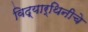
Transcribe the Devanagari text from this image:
विद्यार्थिनीचे